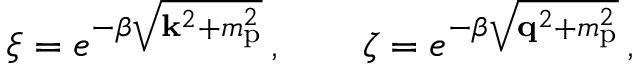
\xi = e ^ { - \beta \sqrt { { \bf k } ^ { 2 } + m _ { \mathrm { p } } ^ { 2 } } } \, , \qquad \zeta = e ^ { - \beta \sqrt { { \bf q } ^ { 2 } + m _ { \mathrm { p } } ^ { 2 } } } \, ,